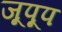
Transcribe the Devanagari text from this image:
जूपूप